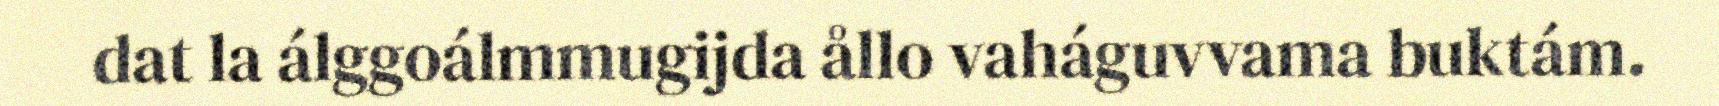
dat la álggoálmmugijda ållo vaháguvvama buktám.